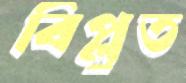
বিপ্লুত